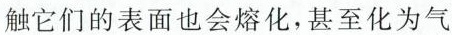
触它们的表面也会熔化，甚至化为气